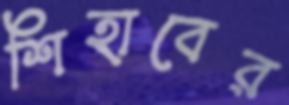
শিহাবের